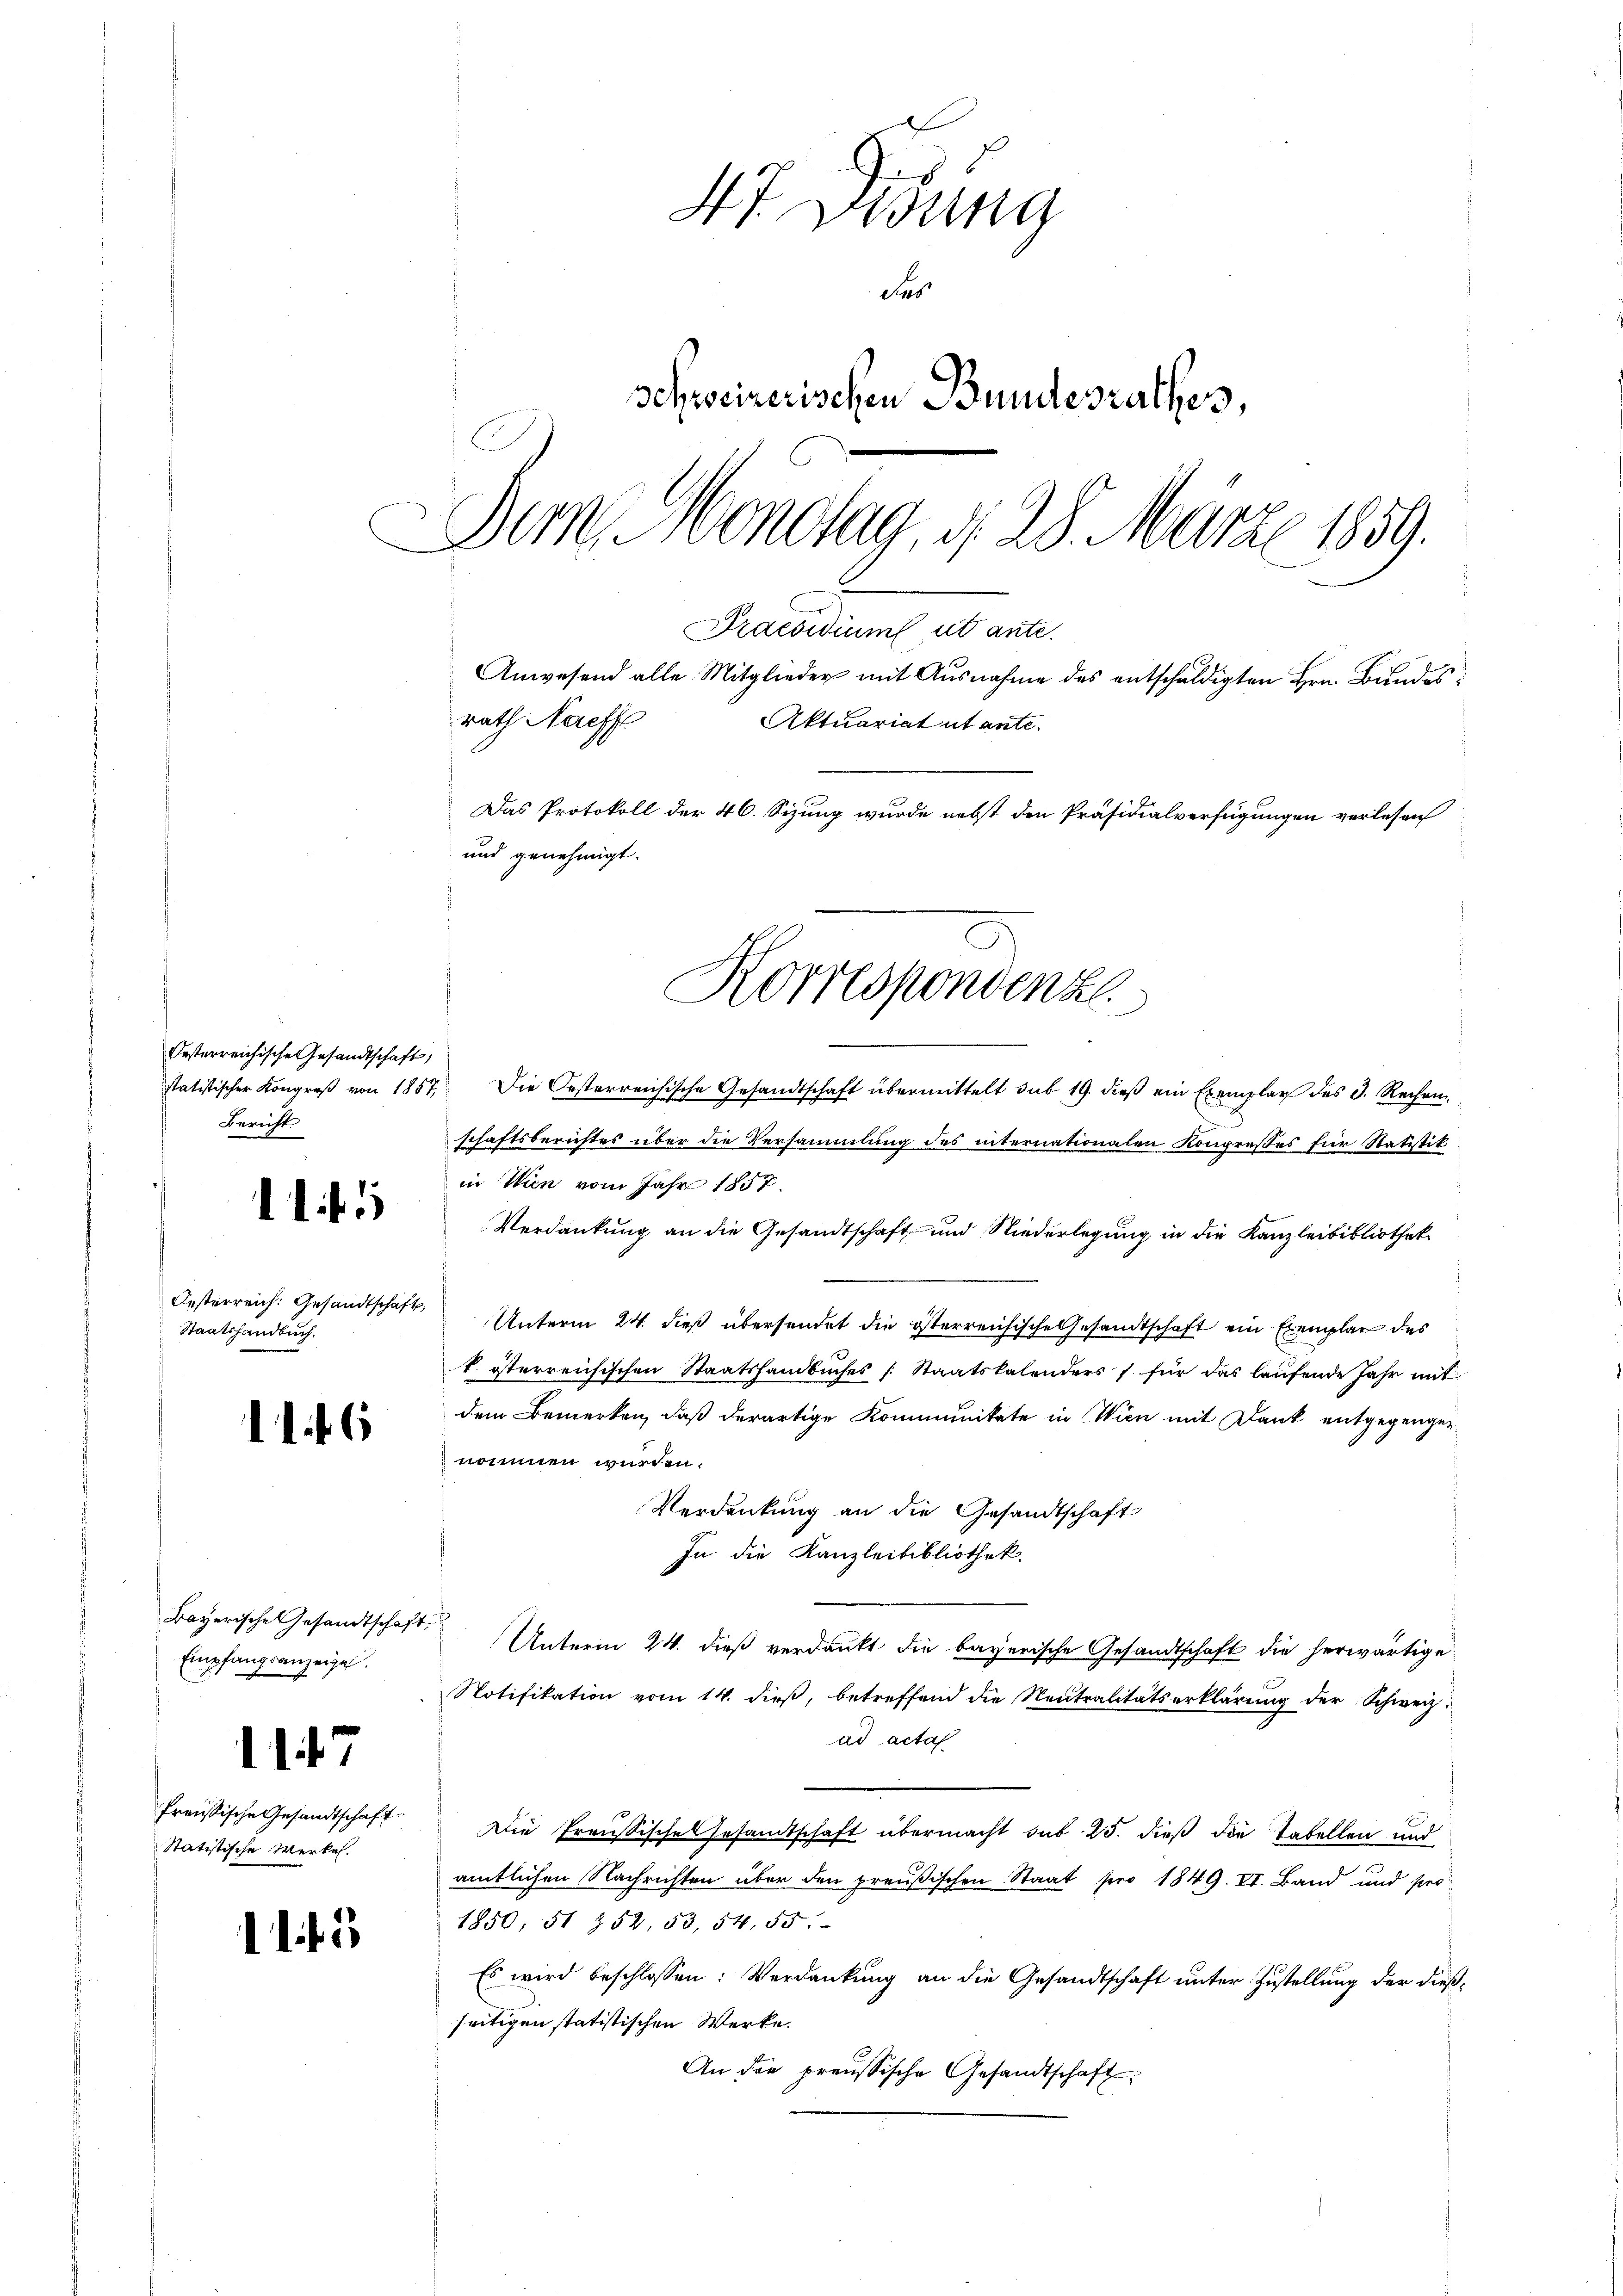
Oesterreichische Gesandtschaft,
statistischer Kongreß von 1857,
Bericht

.

1

Oesterreich: Gesandtschaft
Staatshandbuch.

6

Bayerische Gesandtschaft.
Empfangsanzeigel.

147

freussische Gesandtschaft
Statistische Werkel.

1

47. Disung
Fes
schweizerischen Bundesrathes,
Dem Montag, d. 28. März 1859.
Praesidium ut ante.
Anwesend alle Mitglieder mit Ausnahme des entschuldigten Hrn. Bundesrath Nachf
Aktuariat utante.
Das Protokoll der 46. Sizung wurde nebst den Präsidialverfügungen verlesen
und genehmigt.

Korrespondenz

Die Oesterreichische Gesandtschaft übermittelt sub 19. dieβ ein Exemplar des D. Rechen
schaftsberichtes über die Versammlung des internationalen Kongresses für Statistik
in Wien vom Jahr 1857
Verdankung an die Gesandtschaft und Niederlegung in die Kanzleibibliothek
Unterm 24. dieß übersendet die österreichische Gesandtschaft ein Exemplar des
k. österreichischen Staatshandbuches Staatskalenders / für das laufende Jahr mit
dem Bemerken, daß derartige Kommunikate in Wien mit Dank entgegengenommen wurden.
Verdankung an die Gesandtschaft
In die Kanzleibibliothek.
Unterm 24. dieß verdankt die bayerische Gesandtschaft die herwärtige
Notifikation vom 14. dieβ, betreffend die Neutralitätserklärŭng der Schweiz.
ad acta
Die Preußisches Gesandtschaft übermacht sub 25. dieß die Tabellen und
amtlichen Nachrichten über den preußischen Staat pro 1849. II. Band und pro
1850, 51 252, 53, 54. 55.
Es wird beschlossen: Verdankung an die Gesandtschaft unter Zustellung der dießseitigen statistischen Werke.
An die preussische Gesandtschaft